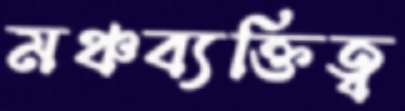
মঞ্চব্যক্তিত্ব